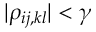
| \rho _ { i j , k l } | < \gamma